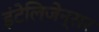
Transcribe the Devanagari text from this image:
इंटेलिजेन्सर